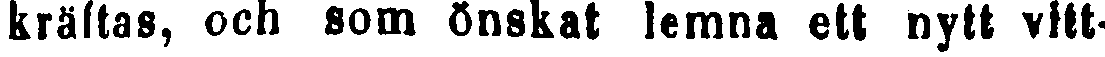
kräftas, och som önskat lemna ett nytt vitt-